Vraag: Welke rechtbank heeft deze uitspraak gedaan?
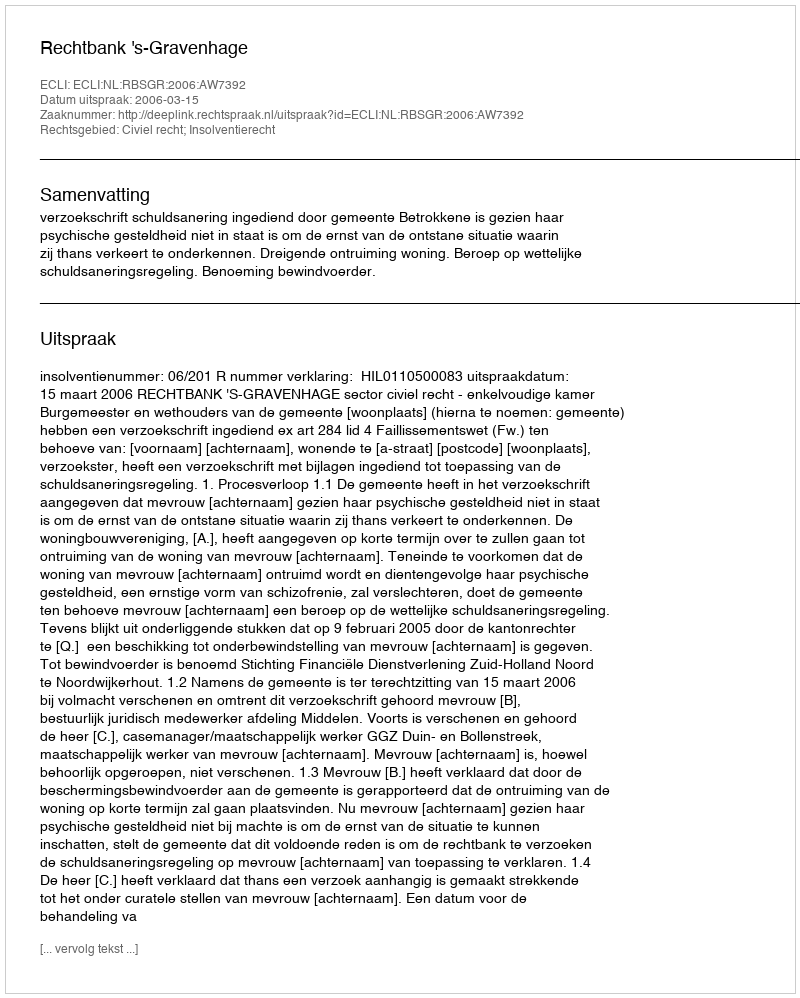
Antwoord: Rechtbank 's-Gravenhage